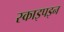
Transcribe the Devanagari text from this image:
स्काइपइन